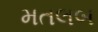
મતલબ